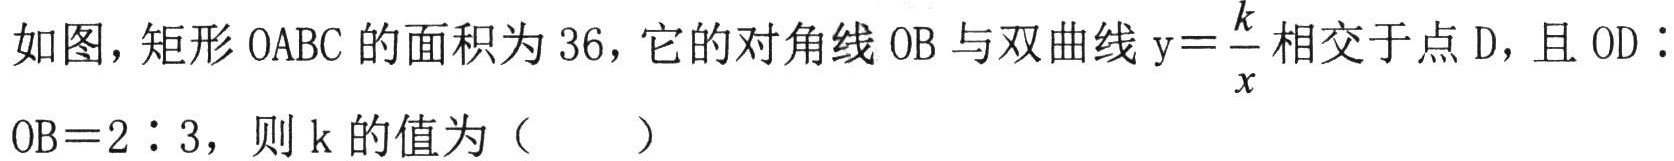
如图，矩形 \(OABC\) 的面积为 \(36\)，它的对角线 \(OB\) 与双曲线 \(\mathrm{y}=\frac{k}{x}\) 相交于点 \(D\)，且 \(OD∶OB = 2∶3\)，则 \(k\) 的值为（  ）